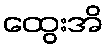
ထွေးအိ